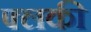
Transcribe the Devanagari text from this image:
फ्लकी